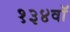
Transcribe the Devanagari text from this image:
१३४वॉ